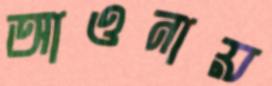
আওনায়